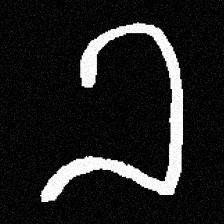
Pyu character \u2014 Myanmar letter: ခ (romanized: kha)